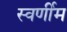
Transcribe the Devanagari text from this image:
स्वर्णीम